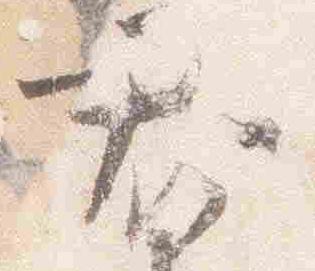
君